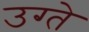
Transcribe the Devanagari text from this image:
उग्ते